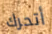
أتحرك